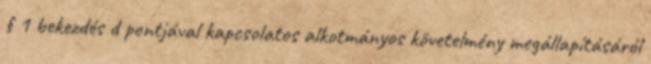
§ 1 bekezdés d pontjával kapcsolatos alkotmányos követelmény megállapításáról